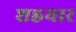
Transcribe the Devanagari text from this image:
शह्रयार